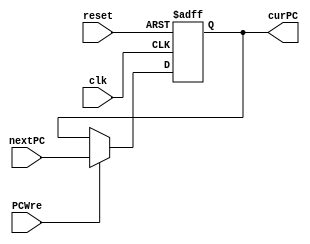
`timescale 1ns / 1ps
//////////////////////////////////////////////////////////////////////////////////
// Company: 
// Engineer: 
// 
// Design Name: 
// Module Name: PC
// Project Name: 
// Target Devices: 
// Tool Versions: 
// Description: 
// 
// Dependencies: 
// 
// Revision:
// Revision 0.01 - File Created
// Additional Comments:
// 
//////////////////////////////////////////////////////////////////////////////////


module PC(
    // input
    input clk,
    input reset,
    input PCWre,
    input [31:0] nextPC,
    // output
    output reg[31:0] curPC
    );

    // 
    always @(posedge clk or negedge reset) begin 
        if(reset == 0) begin
            curPC <= 0; // Reset,0
        end else if(PCWre) begin
            curPC <= nextPC; // 
        end

        //debug
        $display("curPC: ", curPC, "nextPC:", nextPC);

    end


endmodule